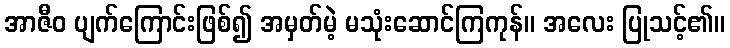
အာဇီဝ ပျက်ကြောင်းဖြစ်၍ အမှတ်မဲ့ မသုံးဆောင်ကြကုန်။ အလေး ပြုသင့်၏။